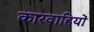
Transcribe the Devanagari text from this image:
कारवाहियों